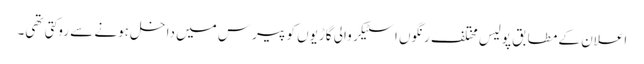
اعلان کے مطابق پولیس مختلف رنگوں اسٹیکر والی گاڑیوں کو پیرس میں داخل ہونے سے روکتی تھی۔